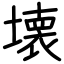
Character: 壊